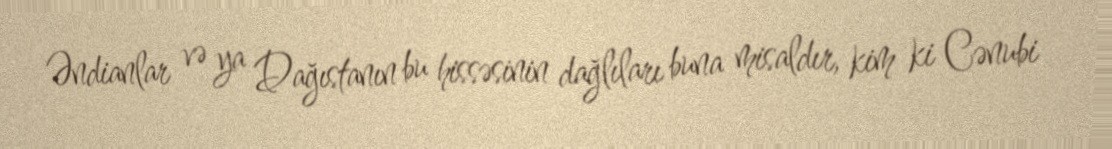
Əndianlar və ya Dağıstanın bu hissəsinin dağlıları buna misaldır, kim ki Cənubi